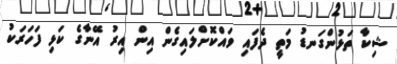
ޝިކާ ތަޅުންގަނޑު މަތީ ދެފައި ވައްކޮށްލައިގެން އިން އިރު އޭނާގެ ކަޅި ފަހަރަކު